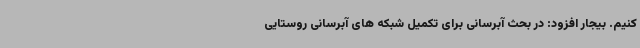
کنیم. بیجار افزود: در بحث آبرسانی برای تکمیل شبکه های آبرسانی روستایی